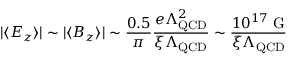
| \langle E _ { z } \rangle | \sim | \langle B _ { z } \rangle | \sim \frac { 0 . 5 } { \pi } \frac { e \Lambda _ { \mathrm { Q C D } } ^ { 2 } } { \xi \Lambda _ { \mathrm { Q C D } } } \sim \frac { 1 0 ^ { 1 7 } \mathrm { ~ G } } { \xi \Lambda _ { \mathrm { Q C D } } }